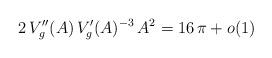
LaTeX: \begin{align*}2 \, V_g''(A) \, V_g'(A)^{-3} \, A^2 = 16 \, \pi + o (1)\end{align*}